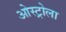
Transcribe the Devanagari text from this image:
ओस्ट्रोला